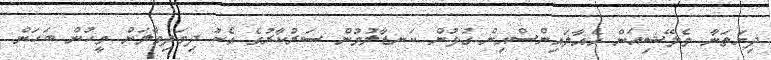
ދިޔަތަނާ މެލޭޝިއަން އެއާލައިންސްއިން ގުޅުން ކަނޑާލުމުން ސަރުކާރުގެ އެކު ދިމަދިމާލަށް މީހުން ބަހަން